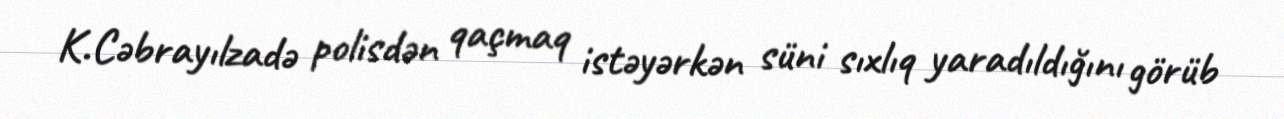
K.Cəbrayılzadə polisdən qaçmaq istəyərkən süni sıxlıq yaradıldığını görüb